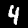
Label: 4